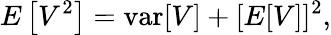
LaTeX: E\left[V^{2}\right]=\operatorname{var}[V]+[E[V]]^{2},